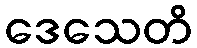
ဒေသေတိ